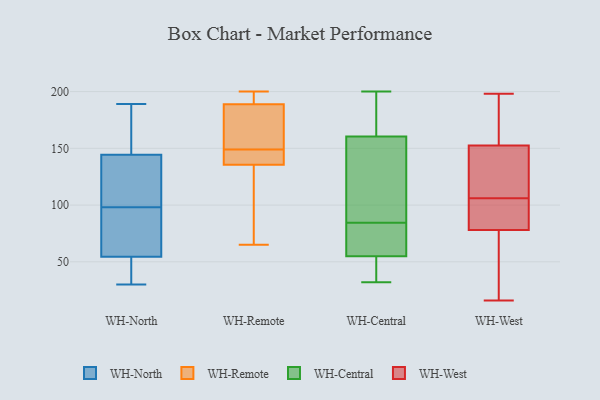
{"axis": {"x": "Population (Million)", "y": "Value"}, "legend": ["WH-Central", "WH-North", "WH-Remote", "WH-West"], "data": [{"x": "", "y": 189, "type": "WH-North"}, {"x": "", "y": 142, "type": "WH-North"}, {"x": "", "y": 163, "type": "WH-North"}, {"x": "", "y": 75, "type": "WH-North"}, {"x": "", "y": 30, "type": "WH-North"}, {"x": "", "y": 90, "type": "WH-North"}, {"x": "", "y": 109, "type": "WH-North"}, {"x": "", "y": 178, "type": "WH-North"}, {"x": "", "y": 107, "type": "WH-North"}, {"x": "", "y": 56, "type": "WH-North"}, {"x": "", "y": 98, "type": "WH-North"}, {"x": "", "y": 50, "type": "WH-North"}, {"x": "", "y": 112, "type": "WH-North"}, {"x": "", "y": 64, "type": "WH-North"}, {"x": "", "y": 36, "type": "WH-North"}, {"x": "", "y": 44, "type": "WH-North"}, {"x": "", "y": 151, "type": "WH-North"}, {"x": "", "y": 142, "type": "WH-Remote"}, {"x": "", "y": 65, "type": "WH-Remote"}, {"x": "", "y": 191, "type": "WH-Remote"}, {"x": "", "y": 200, "type": "WH-Remote"}, {"x": "", "y": 116, "type": "WH-Remote"}, {"x": "", "y": 79, "type": "WH-Remote"}, {"x": "", "y": 144, "type": "WH-Remote"}, {"x": "", "y": 149, "type": "WH-Remote"}, {"x": "", "y": 194, "type": "WH-Remote"}, {"x": "", "y": 144, "type": "WH-Remote"}, {"x": "", "y": 155, "type": "WH-Remote"}, {"x": "", "y": 188, "type": "WH-Remote"}, {"x": "", "y": 166, "type": "WH-Remote"}, {"x": "", "y": 173, "type": "WH-Central"}, {"x": "", "y": 93, "type": "WH-Central"}, {"x": "", "y": 173, "type": "WH-Central"}, {"x": "", "y": 55, "type": "WH-Central"}, {"x": "", "y": 200, "type": "WH-Central"}, {"x": "", "y": 51, "type": "WH-Central"}, {"x": "", "y": 32, "type": "WH-Central"}, {"x": "", "y": 55, "type": "WH-Central"}, {"x": "", "y": 191, "type": "WH-Central"}, {"x": "", "y": 148, "type": "WH-Central"}, {"x": "", "y": 100, "type": "WH-Central"}, {"x": "", "y": 76, "type": "WH-Central"}, {"x": "", "y": 55, "type": "WH-Central"}, {"x": "", "y": 69, "type": "WH-Central"}, {"x": "", "y": 60, "type": "WH-Central"}, {"x": "", "y": 128, "type": "WH-Central"}, {"x": "", "y": 90, "type": "WH-West"}, {"x": "", "y": 198, "type": "WH-West"}, {"x": "", "y": 143, "type": "WH-West"}, {"x": "", "y": 129, "type": "WH-West"}, {"x": "", "y": 108, "type": "WH-West"}, {"x": "", "y": 93, "type": "WH-West"}, {"x": "", "y": 104, "type": "WH-West"}, {"x": "", "y": 157, "type": "WH-West"}, {"x": "", "y": 171, "type": "WH-West"}, {"x": "", "y": 188, "type": "WH-West"}, {"x": "", "y": 140, "type": "WH-West"}, {"x": "", "y": 78, "type": "WH-West"}, {"x": "", "y": 35, "type": "WH-West"}, {"x": "", "y": 92, "type": "WH-West"}, {"x": "", "y": 196, "type": "WH-West"}, {"x": "", "y": 16, "type": "WH-West"}, {"x": "", "y": 148, "type": "WH-West"}, {"x": "", "y": 42, "type": "WH-West"}, {"x": "", "y": 61, "type": "WH-West"}, {"x": "", "y": 78, "type": "WH-West"}]}